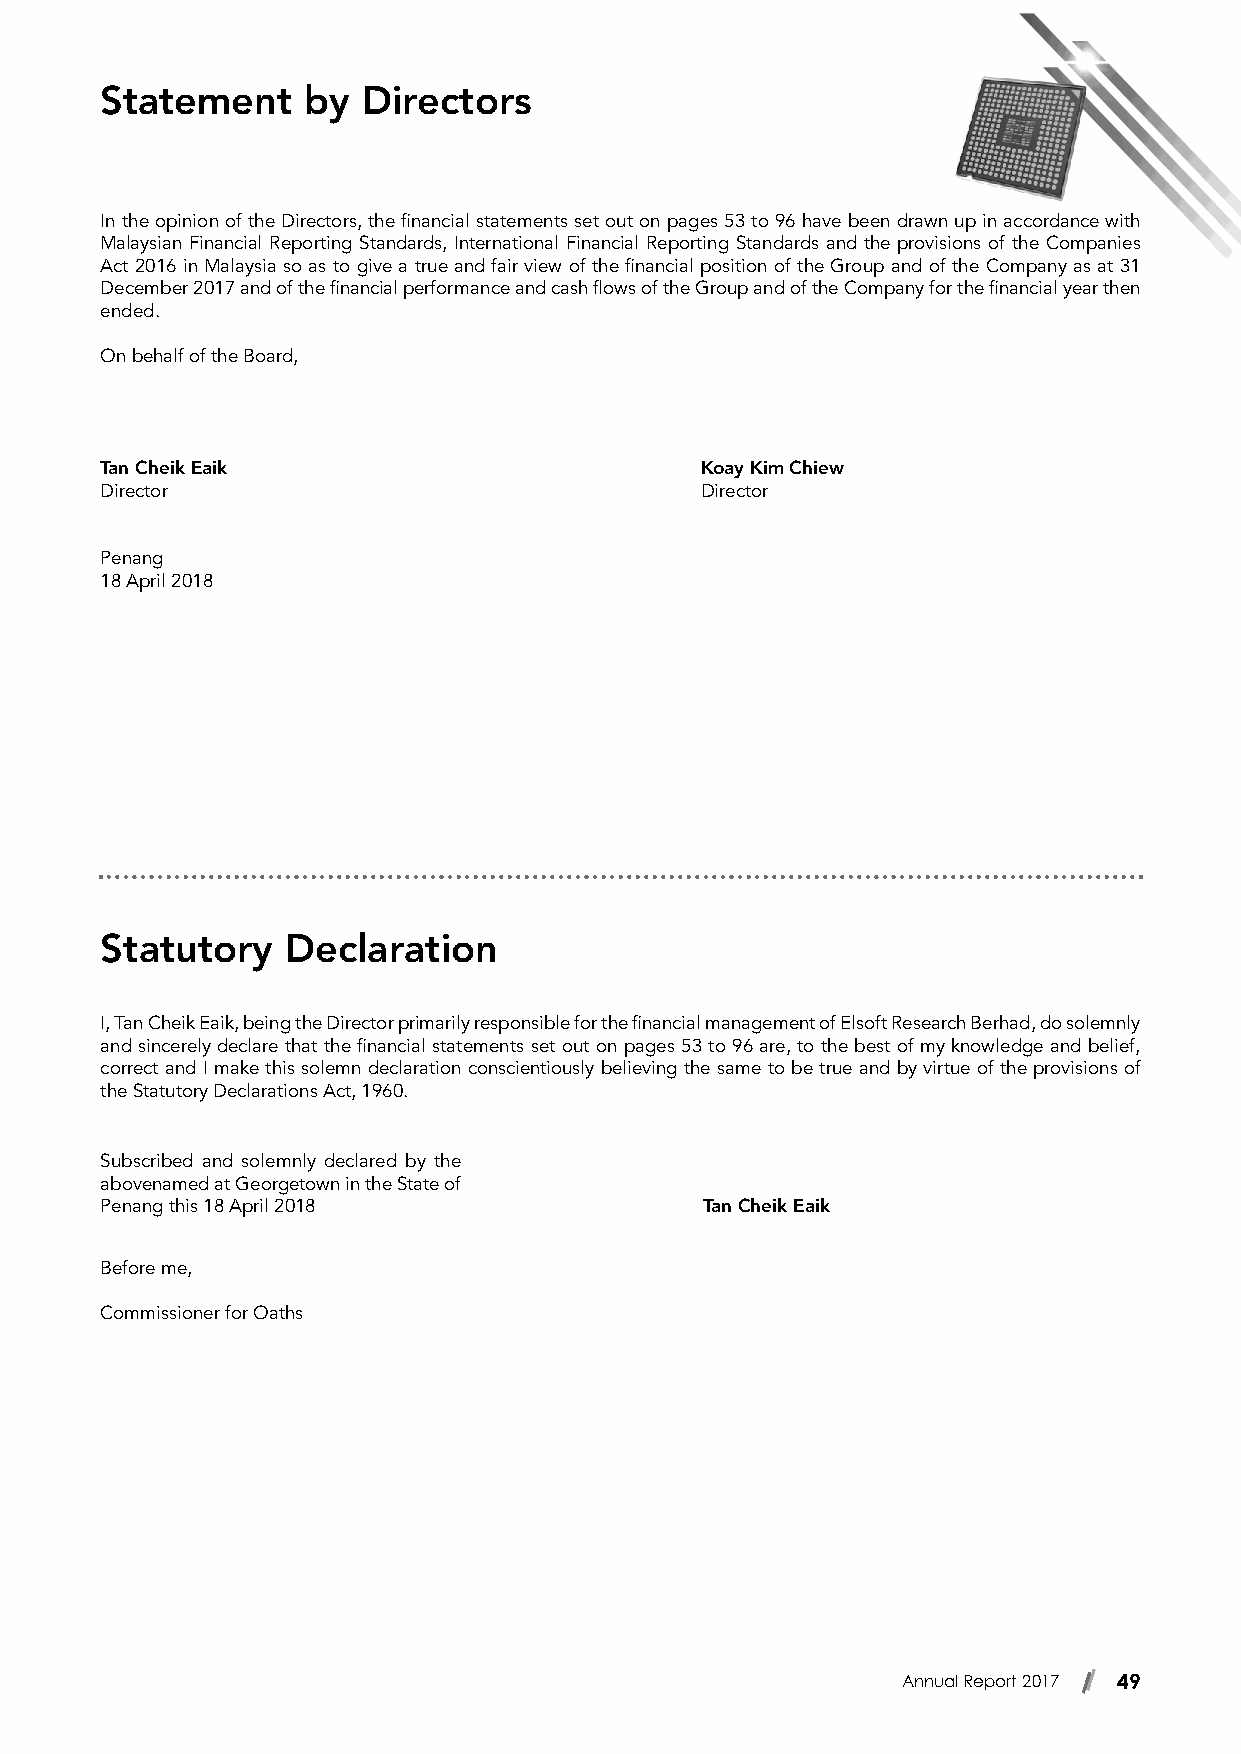
Statement    by  Directors
 In the opinion of the Directors, the financial statements set out on pages 53 to 96 have been drawn up in accordance with
 Malaysian Financial Reporting Standards, International Financial Reporting Standards and the provisions of the Companies
 Act 2016 in Malaysia so as to give a true and fair view of the financial position of the Group and of the Company as at 31
 December 2017 and of the financial performance and cash flows of the Group and of the Company for the financial year then
 ended.
 On behalf of the Board,
 Tan Cheik Eaik                         Koay Kim Chiew
 Director                               Director
 Penang
 18 April 2018
 Statutory   Declaration
 I, Tan Cheik Eaik, being the Director primarily responsible for the financial management of Elsoft Research Berhad, do solemnly
 and sincerely declare that the financial statements set out on pages 53 to 96 are, to the best of my knowledge and belief,
 correct and I make this solemn declaration conscientiously believing the same to be true and by virtue of the provisions of
 the Statutory Declarations Act, 1960.
 Subscribed and solemnly declared by the
 abovenamed at Georgetown in the State of
 Penang this 18 April 2018               Tan Cheik Eaik
 Before me,
 Commissioner for Oaths
 Annual Report 2017 49